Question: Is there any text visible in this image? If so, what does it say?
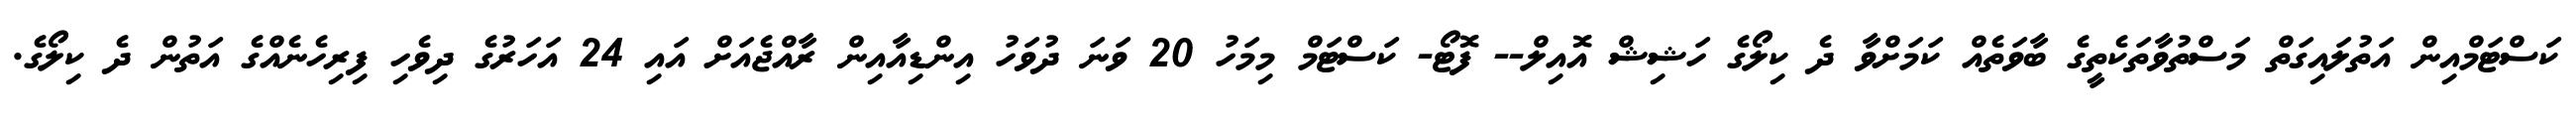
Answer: ކަސްޓަމްއިން އަތުލައިގަތް މަސްތުވާތަކެތީގެ ބާވަތެއް ކަމަށްވާ ދެ ކިލޯގެ ހަޝިޝް އޮއިލް-- ފޮޓޯ- ކަސްޓަމް މިމަހު 20 ވަނަ ދުވަހު އިންޑިއާއިން ރާއްޖެއަށް އައި 24 އަހަރުގެ ދިވެހި ފިރިހެނެއްގެ އަތުން ދެ ކިލޯގެ.